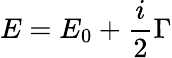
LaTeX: E=E_{0}+\frac{i}{2}\Gamma